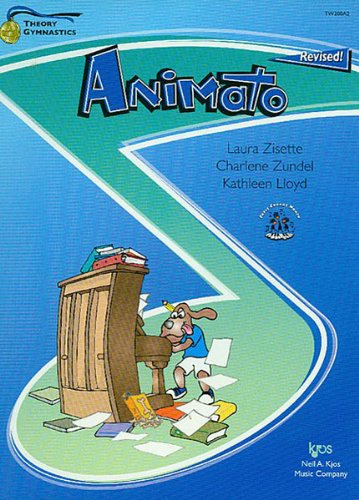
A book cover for TW200A2 - Theory Gymnastics - Animato Level A Revised; Laura Zisette; Sports & Outdoors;